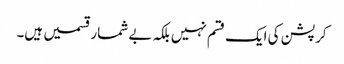
کرپشن کی ایک قسم نہیں بلکہ بے شمار قسمیں ہیں۔